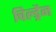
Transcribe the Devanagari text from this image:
चिल्ड्रैन